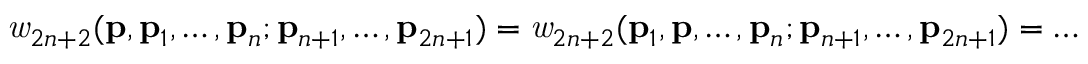
{ \it w } _ { 2 n + 2 } ( { \bf p } , { \bf p } _ { 1 } , \ldots , { \bf p } _ { n } ; { \bf p } _ { n + 1 } , \ldots , { \bf p } _ { 2 n + 1 } ) = { \it w } _ { 2 n + 2 } ( { \bf p } _ { 1 } , { \bf p } , \ldots , { \bf p } _ { n } ; { \bf p } _ { n + 1 } , \ldots , { \bf p } _ { 2 n + 1 } ) = \ldots